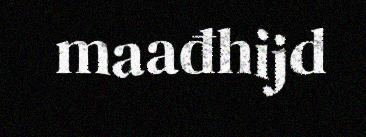
maađhijd